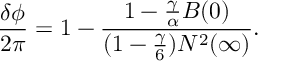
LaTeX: \frac { \delta \phi } { 2 \pi } = 1 - \frac { 1 - \frac { \gamma } { \alpha } B ( 0 ) } { ( 1 - { \frac { \gamma } { 6 } } ) N ^ { 2 } ( \infty ) } .